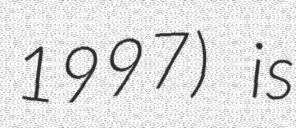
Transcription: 1997) is